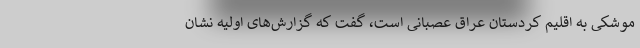
موشکی به اقلیم کردستان عراق عصبانی است، گفت که گزارش‌های اولیه نشان